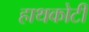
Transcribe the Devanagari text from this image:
हाथकोटी